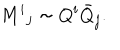
M ^ { i } { } _ { j } \sim Q ^ { i } { \bar { Q } } _ { j } .